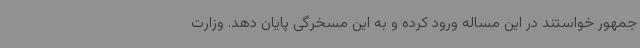
جمهور خواستند در این مساله ورود کرده و به این مسخرگی پایان دهد. وزارت